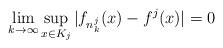
LaTeX: \begin{align*}\lim_{k \to \infty} \sup_{x \in K_{j}}|f_{n_{k}^{j}}(x)-f^{j}(x)|=0\end{align*}